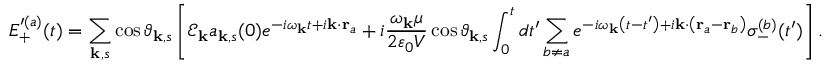
E _ { + } ^ { \prime ( a ) } ( t ) = \sum _ { \mathbf { k } , s } \cos { \vartheta _ { \mathbf { k } , s } } \left[ \mathscr { E } _ { \mathbf { k } } a _ { \mathbf { k } , s } ( 0 ) e ^ { - i \omega _ { \mathbf { k } } t + i \mathbf { k } \cdot \mathbf { r } _ { a } } + i \frac { \omega _ { \mathbf { k } } \mu } { 2 \varepsilon _ { 0 } V } \cos { \vartheta _ { \mathbf { k } , s } } \int _ { 0 } ^ { t } d t ^ { \prime } \sum _ { b \neq a } e ^ { - i \omega _ { \mathbf { k } } \left( t - t ^ { \prime } \right) + i \mathbf { k } \cdot \left( \mathbf { r } _ { a } - \mathbf { r } _ { b } \right) } \sigma _ { - } ^ { ( b ) } ( t ^ { \prime } ) \right] .